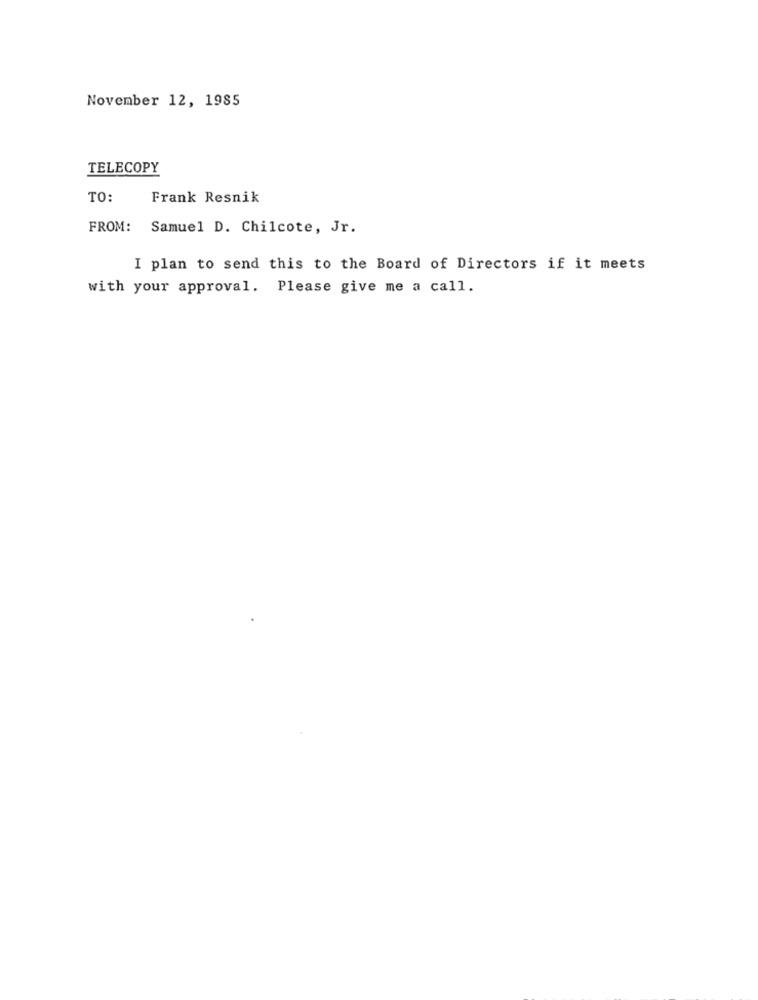
November 12, 1985
TELECOPY
TO:
Frank Resnik
FROM: Samuel D. Chilcote, Jr.
I plan to send this to the Board of Directors if it meets
with your approval. Please give me a call.